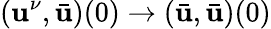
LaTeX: (\mathbf{u}^{\nu},\bar{{\mathbf{u}}})(0)\to(\bar{{\mathbf{u}}},\bar{{\mathbf{u}}})(0)